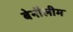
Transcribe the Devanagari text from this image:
बेनौलीम